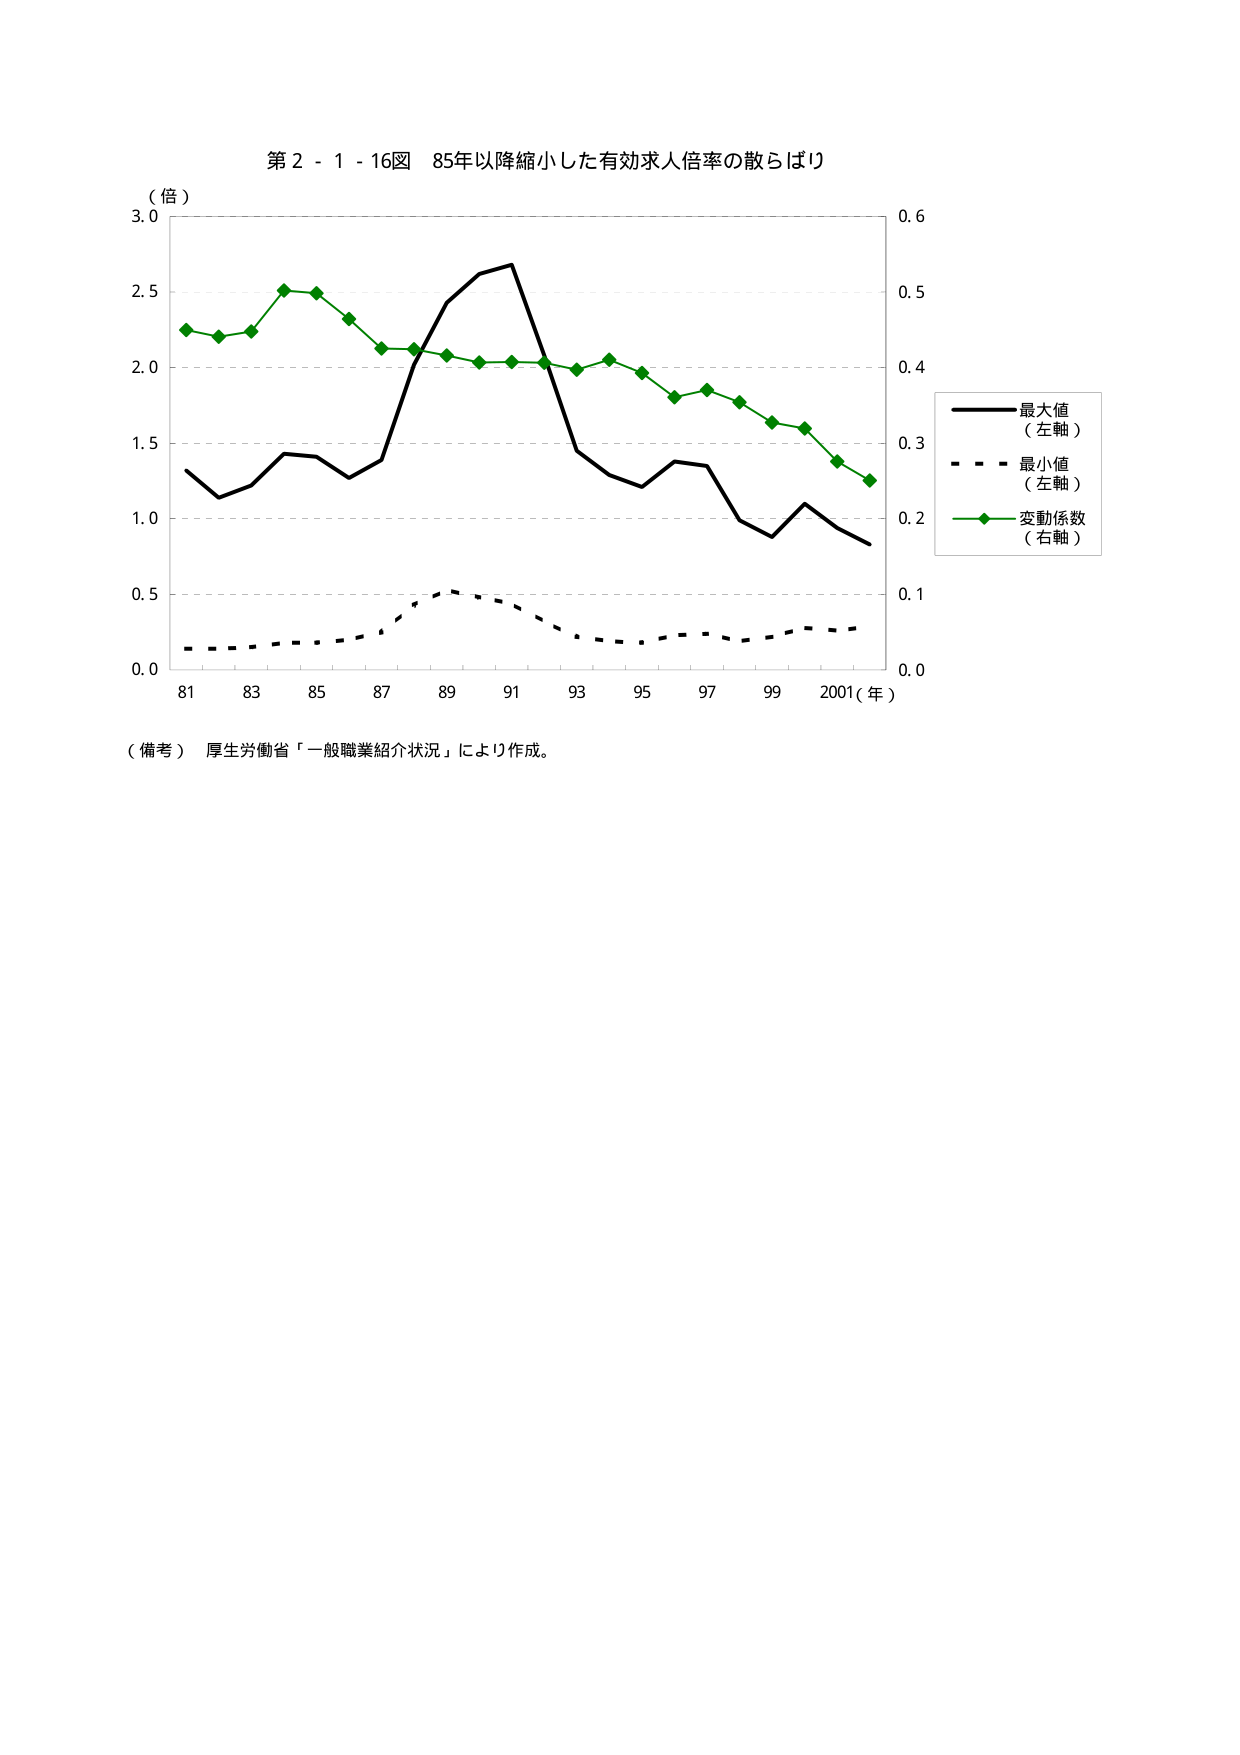
第２－１－１６図 85年以降縮小した有効求人倍率の散らばり

（倍）
3.0
2.5
2.0
1.5
1.0
0.5
0.0

81 83 85 87 89 91 93 95 97 99 2001（年）

0.6
0.5
0.4
0.3
0.2
0.1
0.0

最大値
（左軸）
最小値
（左軸）
変動係数
（右軸）

（備考） 厚生労働省「一般職業紹介状況」により作成。